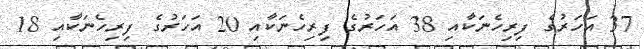
37 އަހަރުގެ ފިރިހެނަކާއި 38 އަހަރުގެ ފިރިހެނަކާއި 20 އަހަރުގެ ފިރިހެނަކާއި 18